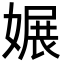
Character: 㜊